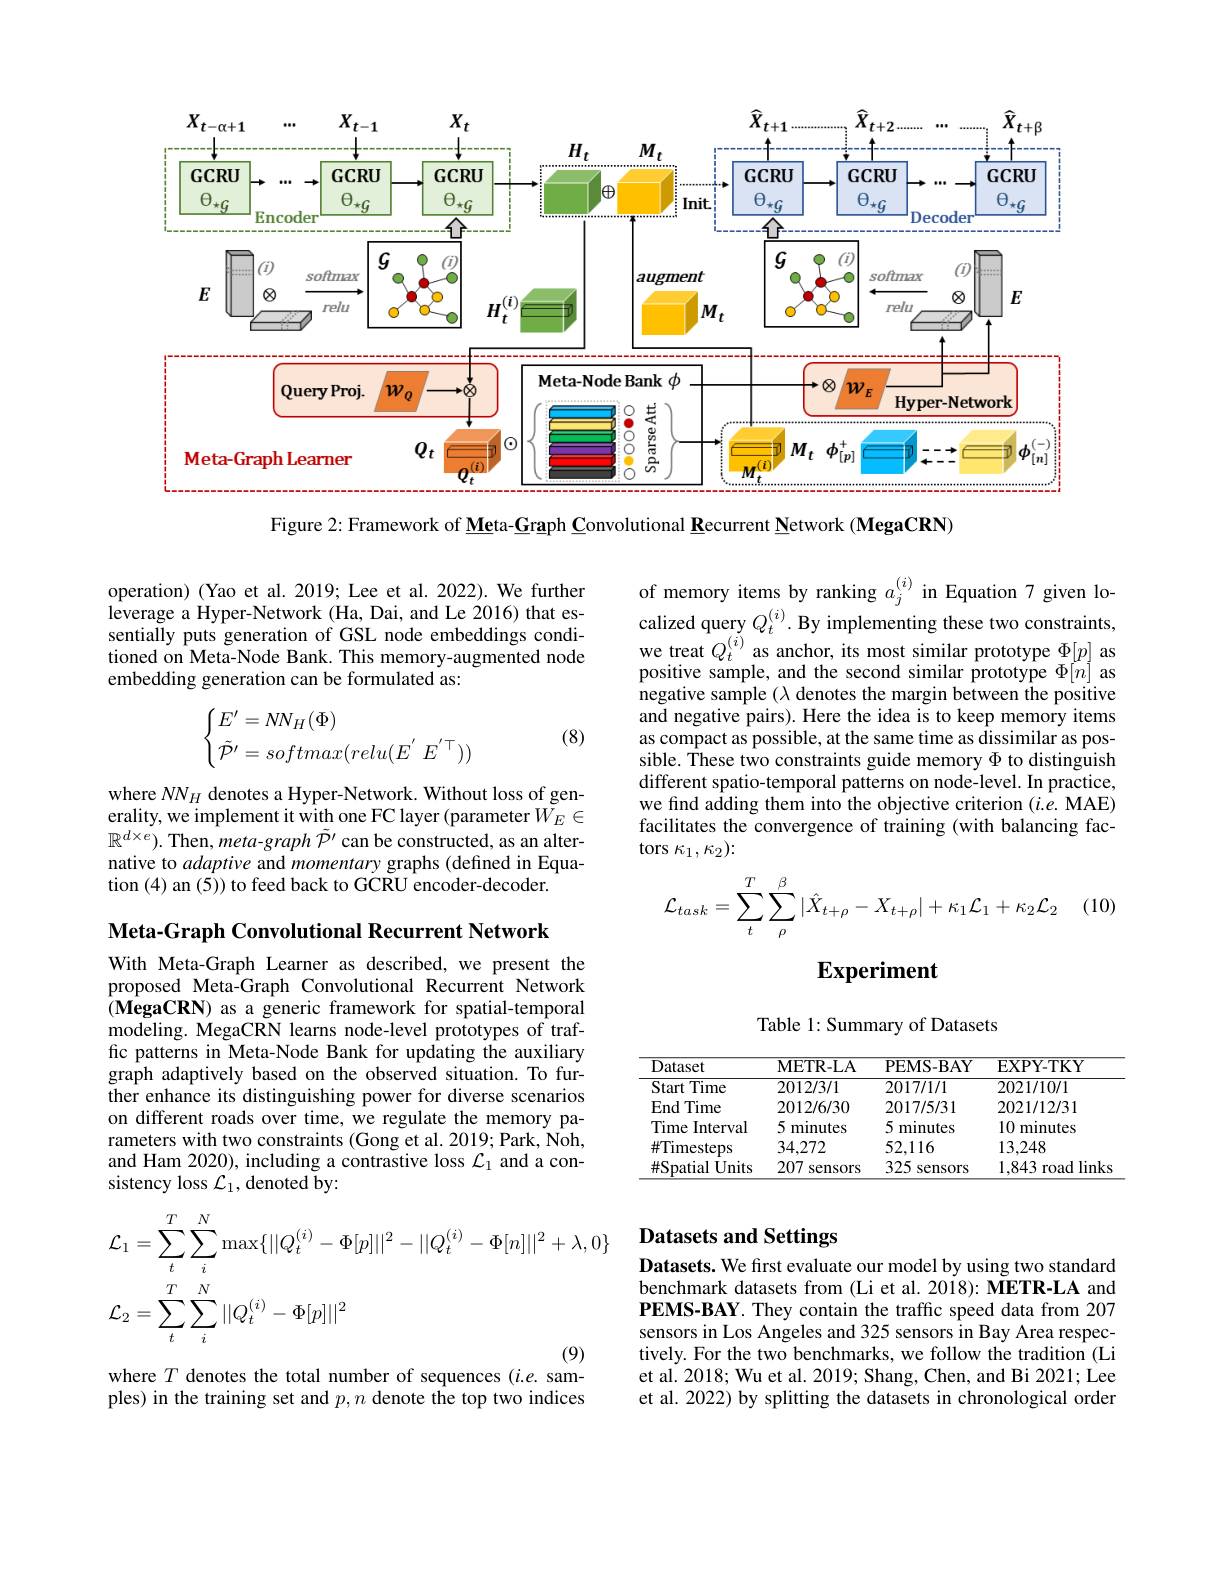
<FigureHere>

Figure 2: Framework of Meta- Graph Convolutional Recurrent Network (MegaCRN)

operation) (Yao et al. 2019; Lee et al. 2022). We further leverage a Hyper-Network (Ha, Dai, and Le 2016) that essentially puts generation of GSL node embeddings conditioned on Meta-Node Bank. This memory-augmented node embedding generation can be formulated as:

of memory items by ranking $a_j^{(i)}$ in Equation 7 given lo calized query $Q_t^{(i)}.$ By implementing these two constraints, we treat $Q_t^{(i)}$ as anchor, its most similar prototype $\Phi[p]$ as $\begin{array}{l}\mathrm{positive~sample,~and~the~second~similar~prototype~\Phi[n]~as}\\\mathrm{negative~sample~(\lambda~denotes~the~margin~between~the~positive}\end{array}$ and negative pairs). Here the idea is to keep memory items as compact as possible, at the same time as dissimilar as possible. These two constraints guide memory $\Phi$ to distinguish different spatio-temporal patterns on node-level. In practice, we find adding them into the objective criterion ($i.e.$ MAE) facilitates the convergence of training (with balancing factors $\kappa_1,\kappa_2)\colon$
$$\begin{cases}E'=NN_H(\Phi)\\\tilde{\mathcal{P}'}=softmax(relu(E^{'}\:E^{'\top}))\end{cases}$$
(8)

where $NN_H$ denotes a Hyper-Network. Without loss of generality, we implement it with one FC layer (parameter $\tilde{W}_E\in$ $\mathbb{R}^{d\times e}).$ Then, meta-graph $\tilde{\mathcal{P}}^\prime$ can be constructed, as an alternative to adaptive and momentary graphs (defined in Equation (4) an (5)) to feed back to GCRU encoder-decoder.

(10)
$$\mathcal{L}_{task}=\sum_{t}^{T}\sum_{\rho}^{\beta}|\hat{X}_{t+\rho}-X_{t+\rho}|+\kappa_{1}\mathcal{L}_{1}+\kappa_{2}\mathcal{L}_{2}$$
Meta-Graph Convolutional Recurrent Network

## $\mathbf{Experiment}$

Table 1: Summary of Datasets

With Meta-Graph Learner as described, we present the proposed Meta-Graph Convolutional Recurrent Network $(\hat{\mathbf{MegaCRN}})$ as a generic framework for spatial-temporal modeling. MegaCRN learns node-level prototypes of traffic patterns in Meta-Node Bank for updating the auxiliary graph adaptively based on the observed situation. To further enhance its distinguishing power for diverse scenarios on different roads over time, we regulate the memory parameters with two constraints (Gong et al.2019; Park, Noh, and Ham 2020), including a contrastive loss $\mathcal{L}_1$ and a consistency loss $\mathcal{L}_1$,denoted by:

<table>
	<tbody>
		<tr>
			<th>Dataset</th>
			<th>METR-LA</th>
			<th>PEMS- BAY</th>
			<th>EXPY-TKY</th>
		</tr>
		<tr>
			<td>Time Start </td>
			<td>2012/3/1</td>
			<td>2017/1/1</td>
			<td>2021/10/1</td>
		</tr>
		<tr>
			<td>End ITime</td>
			<td>2012/6/30</td>
			<td>2017/5/31</td>
			<td>2021/12/31</td>
		</tr>
		<tr>
			<td>Time Interval</td>
			<td>5 minutes</td>
			<td>5 minutes</td>
			<td>10 minutes</td>
		</tr>
		<tr>
			<td>$\#$Timesteps</td>
			<td>34,272</td>
			<td>52,116</td>
			<td>13,248</td>
		</tr>
		<tr>
			<td>$\#$Spatial Units</td>
			<td>207 sensors</td>
			<td>325 sensors</td>
			<td>1.843 road links</td>
		</tr>
	</tbody>
</table>

# Datasets and Settings
$$\begin{aligned}&\mathcal{L}_{1}=\sum_{t}^{T}\sum_{i}^{N}\max\{||Q_{t}^{(i)}-\Phi[p]||^{2}-||Q_{t}^{(i)}-\Phi[n]||^{2}+\lambda,0\}\\&\mathcal{L}_{2}=\sum_{t}^{T}\sum_{i}^{N}||Q_{t}^{(i)}-\Phi[p]||^{2}\end{aligned}$$
Datasets. We first evaluate our model by using two standard benchmark datasets from (Li et al. 2018): METR-LA and PEMS-BAY. They contain the traffic speed data from 207 sensors in Los Angeles and 325 sensors in Bay Area respectively. For the two benchmarks, we follow the tradition (Li et al. 2018; Wu et al. 2019; Shang, Chen, and Bi 2021; Lee et al. 2022) by splitting the datasets in chronological order

where $T$ denotes the total number of sequences (i.e. sam-

ples) in the training set and $p,n$ denote the top two indices